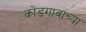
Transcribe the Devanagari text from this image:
कोंडगावाच्या